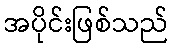
အပိုင်းဖြစ်သည်